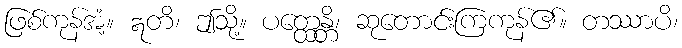
ဖြစ်ကုန်အံ့။ ဣတိ၊ ဤသို့။ ပတ္ထေန္တိ၊ ဆုတောင်းကြကုန်၏။ တဿာပိ၊